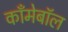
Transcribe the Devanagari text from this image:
काँमेबॉल